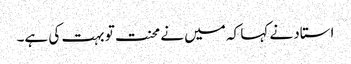
استاد نے کہا کہ میں نے محنت تو بہت کی ہے۔